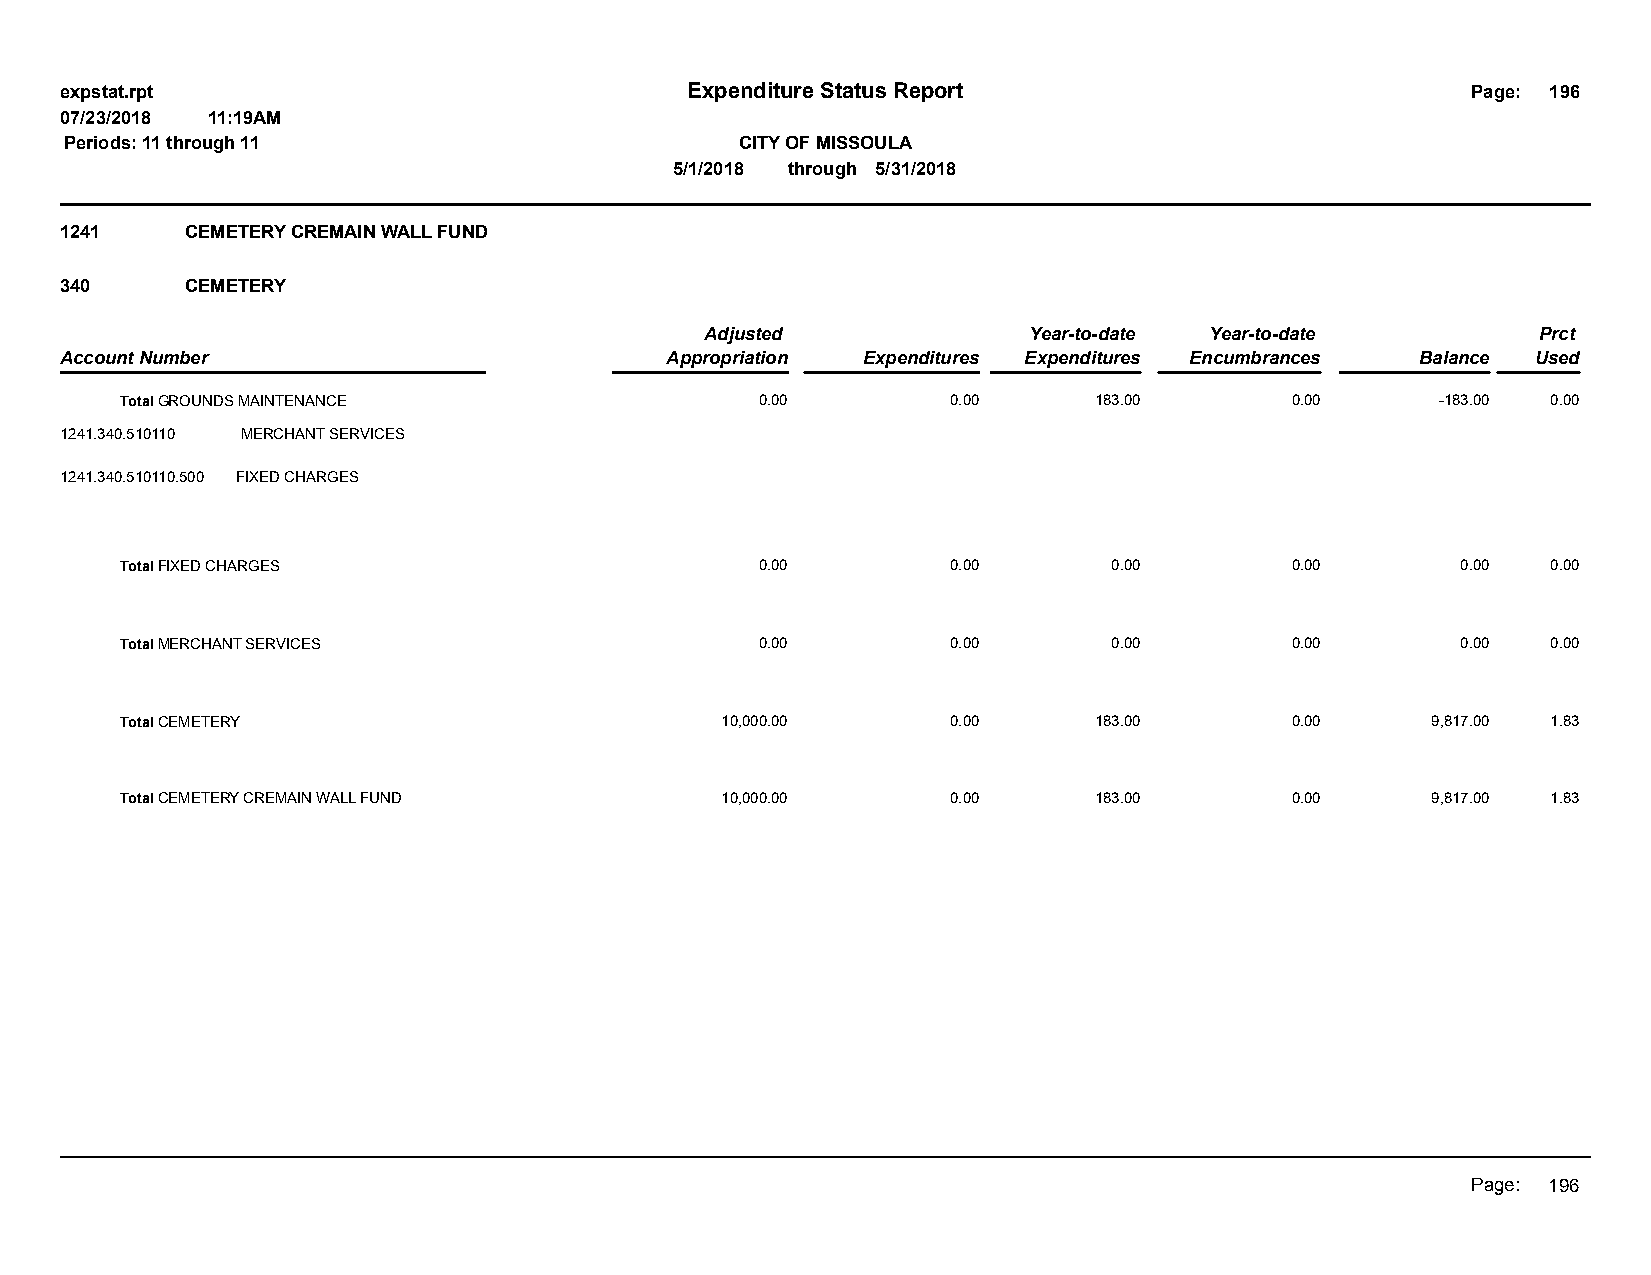
expstat.rpt                              Expenditure Status Report                           Page: 196
 07/23/2018 11:19AM
 Periods: 11 through 11                       CITY OF MISSOULA
 5/1/2018 through 5/31/2018
 1241    CEMETERY CREMAIN WALL FUND
 340     CEMETERY
 Adjusted             Year-to-date Year-to-date         Prct
 Account Number                          Appropriation Expenditures Expenditures Encumbrances Balance Used
 Total GROUNDS MAINTENANCE                 0.00         0.00     183.00       0.00      -183.00 0.00
 1241.340.510110 MERCHANT SERVICES
 1241.340.510110.500 FIXED CHARGES
 Total FIXED CHARGES                       0.00         0.00       0.00       0.00        0.00  0.00
 Total MERCHANT SERVICES                   0.00         0.00       0.00       0.00        0.00  0.00
 Total CEMETERY                          10,000.00      0.00     183.00       0.00      9,817.00 1.83
 Total CEMETERY CREMAIN WALL FUND        10,000.00      0.00     183.00       0.00      9,817.00 1.83
 Page: 196